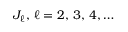
J _ { \ell } , \, \ell = 2 , \, 3 , \, 4 , \ldots